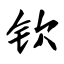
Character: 钦